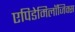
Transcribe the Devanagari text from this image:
एपिडेमिलॉजिक्स